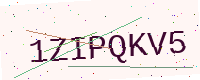
Text: 1ZIPQKV5